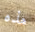
هذه